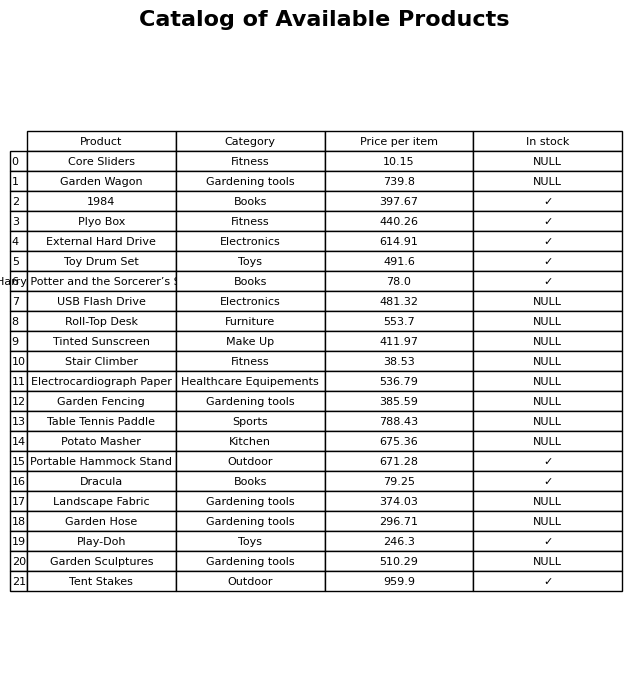
question: What category does the Table Tennis Paddle belong to?
answer: Sports